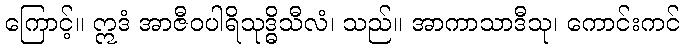
ကြောင့်။ ဣဒံ အာဇီဝပါရိသုဒ္ဓိသီလံ၊ သည်။ အာကာသာဒီသု၊ ကောင်းကင်